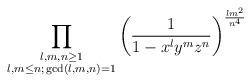
LaTeX: \begin{align*} \prod_{\substack{l,m,n \geq 1 \\ l,m \leq n ; \, \gcd(l,m,n)=1}} \left( \frac{1}{1-x^l y^m z^n} \right)^{\frac{ l m^2 }{n^4}}\end{align*}